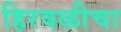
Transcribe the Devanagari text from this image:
हिरवळीचा